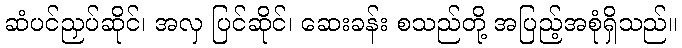
ဆံပင်ညှပ်ဆိုင်၊ အလှ ပြင်ဆိုင်၊ ဆေးခန်း စသည်တို့ အပြည့်အစုံရှိသည်။